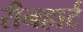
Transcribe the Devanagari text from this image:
रीनहार्ट